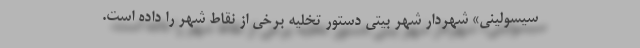
سیسولینی» شهردار شهر بیتی دستور تخلیه برخی از نقاط شهر را داده است.